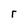
Character: r